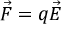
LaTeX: { \vec { F } } = q { \vec { E } }